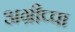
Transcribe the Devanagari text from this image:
अग्रीप्पा